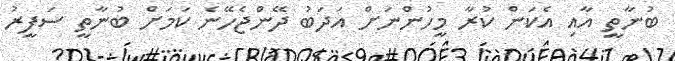
ބުނާތީ އާއި އެކަން ކުރާ މީހުންނަށް އަދަބު ދޭންޖެހޭނެ ކަމަށް ބުނާތީ ސަފީރު